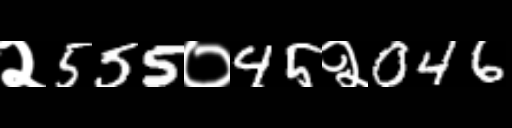
Text: २555०45२046